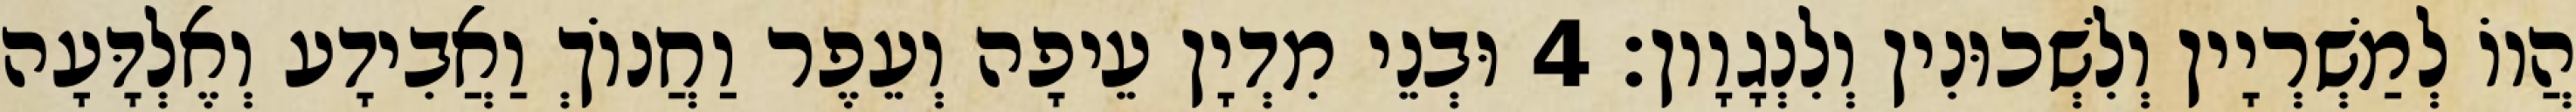
הֲווֹ לְמַשְׁרְיָין וְלִשְׁכוּנִין וְלִנְגָוָון׃ 4 וּבְנֵי מִדְיָן עֵיפָה וְעֵפֶר וַחֲנוֹךְ וַאֲבִידָע וְאֶלְדָּעָה